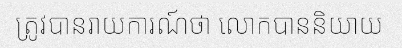
ត្រូវបានរាយការណ៍ថា លោកបាននិយាយ